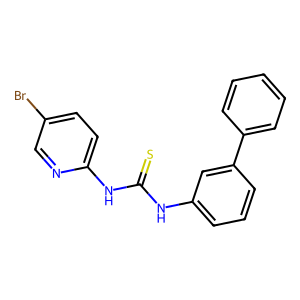
SMILES: S=C(Nc1cccc(-c2ccccc2)c1)Nc1ccc(Br)cn1
Inhibits HIV replication: No